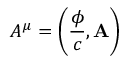
A ^ { \mu } = \left( { \frac { \phi } { c } } , \mathbf { A } \right)